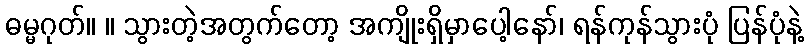
ဓမ္မဂုတ်။ ။ သွားတဲ့အတွက်တော့ အကျိုးရှိမှာပေါ့နော်၊ ရန်ကုန်သွားပုံ ပြန်ပုံနဲ့